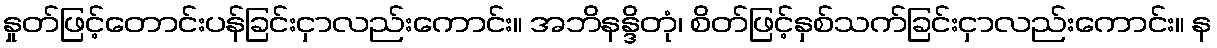
နှုတ်ဖြင့်တောင်းပန်ခြင်းငှာလည်းကောင်း။ အဘိနန္ဒိတုံ၊ စိတ်ဖြင့်နှစ်သက်ခြင်းငှာလည်းကောင်း။ န